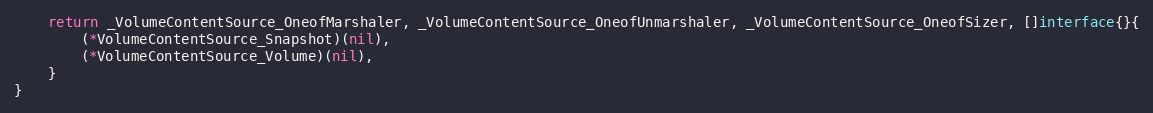
Language: Go
	return _VolumeContentSource_OneofMarshaler, _VolumeContentSource_OneofUnmarshaler, _VolumeContentSource_OneofSizer, []interface{}{
		(*VolumeContentSource_Snapshot)(nil),
		(*VolumeContentSource_Volume)(nil),
	}
}